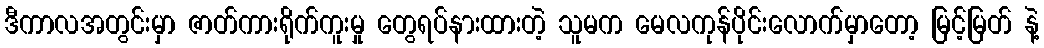
ဒီကာလအတွင်းမှာ ဇာတ်ကားရိုက်ကူးမှု တွေရပ်နားထားတဲ့ သူမက မေလကုန်ပိုင်းလောက်မှာတော့ မြင့်မြတ် နဲ့